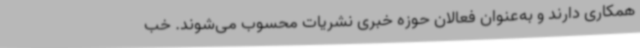
همکاری دارند و به‌عنوان فعالان حوزه خبری نشریات محسوب می‌شوند. خب